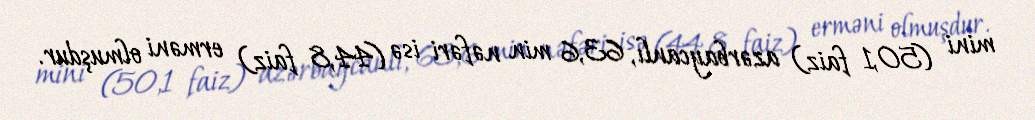
mini (50,1 faiz) azərbaycanlı, 63,6 min nəfəri isə (44,8 faiz) erməni olmuşdur.